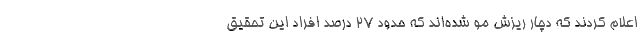
اعلام کردند که دچار ریزش مو شده‌اند که حدود ۲۷ درصد افراد این تحقیق